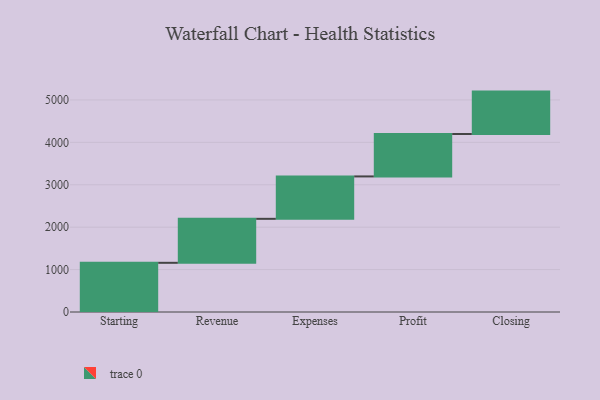
{"axis": {"x": "Step", "y": "Value"}, "legend": [""], "data": [{"x": "Starting", "y": 1160.0, "type": ""}, {"x": "Revenue", "y": 1037.0, "type": ""}, {"x": "Expenses", "y": 1000, "type": ""}, {"x": "Profit", "y": 1000, "type": ""}, {"x": "Closing", "y": 1000, "type": ""}]}